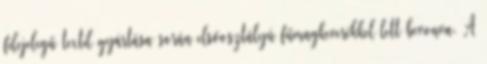
filcjelegű textil gyártása során elsőosztályú fűmagkeverékkel lett bevonva. A